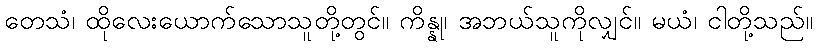
တေသံ၊ ထိုလေးယောက်သောသူတို့တွင်။ ကိန္နု၊ အဘယ်သူကိုလျှင်။ မယံ၊ ငါတို့သည်။